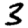
Digit: 3